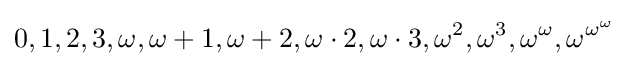
0,1,2,3,\omega ,\omega +1,\omega +2,\omega \cdot 2,\omega \cdot 3,\omega ^{2},\omega ^{3},\omega ^{\omega },\omega ^{\omega ^{\omega }}